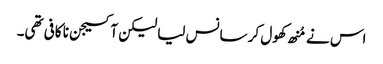
اس نے مُنھ کھول کر سانس لیا لیکن آکسیجن نا کافی تھی۔